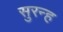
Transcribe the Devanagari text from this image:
सुरन्ह